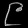
Digit: ၉